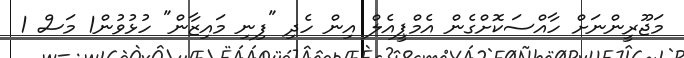
މަޖޫރީންނަށް ހާއްސަކޮށްގެން އެމްޕީއެލް އިން ހެދި "ފިނި މައިޒާން" ހުޅުވުން1 މަސް 1